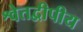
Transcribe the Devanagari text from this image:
श्वेतद्वीपीय